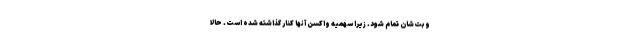
وبت‌شان تمام شود. زیرا سهمیه واکسن آنها کنار گذاشته شده است. حالا